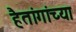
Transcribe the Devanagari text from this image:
हैतांगांच्या